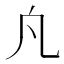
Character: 𭂫